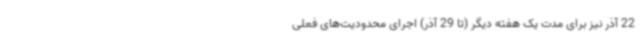
22 آذر نیز برای مدت یک هفته دیگر (تا 29 آذر) اجرای محدودیت‌های فعلی